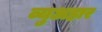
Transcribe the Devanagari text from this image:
व्युअहार